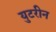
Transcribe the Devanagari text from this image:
युटरीन